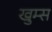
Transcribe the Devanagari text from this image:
खुम्स